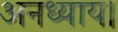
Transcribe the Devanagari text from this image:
अनध्याय।